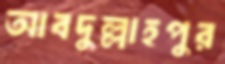
আবদুল্লাহপুর